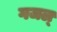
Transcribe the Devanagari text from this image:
गजल्